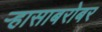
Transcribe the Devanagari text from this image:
ऱ्हासाबरोबर